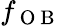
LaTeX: f_{\mathrm{~O~B~}}